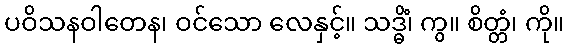
ပဝိသနဝါတေန၊ ဝင်သော လေနှင့်။ သဒ္ဓိံ၊ ကွ။ စိတ္တံ၊ ကို။